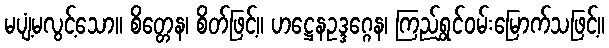
မပျံ့မလွင့်သော။ စိတ္တေန၊ စိတ်ဖြင့်။ ဟဋ္ဌေနဥဒ္ဒဂ္ဂေန၊ ကြည်ရွှင်ဝမ်းမြောက်သဖြင့်။